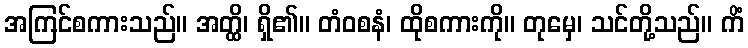
အကြင်စကားသည်။ အတ္ထိ၊ ရှိ၏။ တံဝစနံ၊ ထိုစကားကို။ တုမှေ၊ သင်တို့သည်။ ကိံ